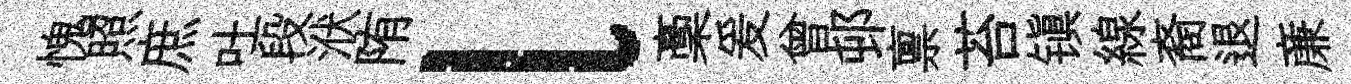
愧照庶吐段洑陏l稾爰曾邨禀苔镇線裔退亷